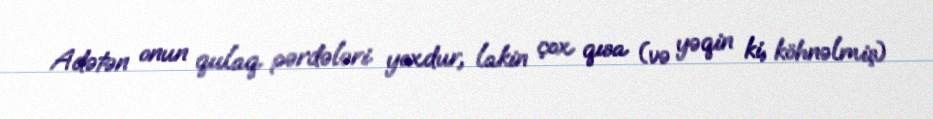
Adətən onun qulaq pərdələri yoxdur, lakin çox qısa (və yəqin ki, köhnəlmiş)